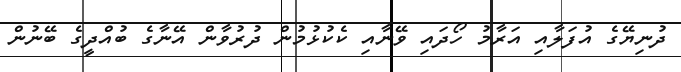
ދުނިޔޭގެ އުފަލާއި އަރާމު ހޯދައި ވޭނާއި ކެކުޅުމުން ދުރުވާން އޭނާގެ ބުއްދީގެ ބޭނުން